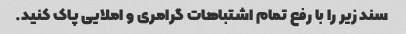
سند زیر را با رفع تمام اشتباهات گرامری و املایی پاک کنید.